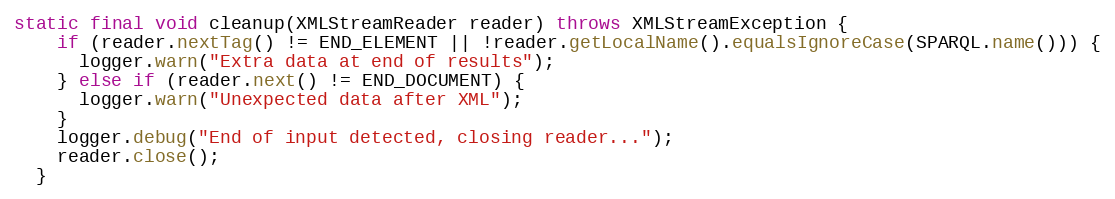
Language: Java
static final void cleanup(XMLStreamReader reader) throws XMLStreamException {
    if (reader.nextTag() != END_ELEMENT || !reader.getLocalName().equalsIgnoreCase(SPARQL.name())) {
      logger.warn("Extra data at end of results");
    } else if (reader.next() != END_DOCUMENT) {
      logger.warn("Unexpected data after XML");
    }
    logger.debug("End of input detected, closing reader...");
    reader.close();
  }